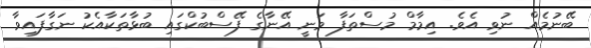
ބޭނުމެއް ނުވި އެވެ. އިމާމް މުސްތަފާ ވަނީ އޭނާގެ ފޭސްބުކްގައި ބުޅާތަކާއެކު ނަގާފައިވާ